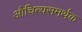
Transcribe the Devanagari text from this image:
औचित्यसमर्थक